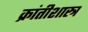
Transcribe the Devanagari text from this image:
क्रांतीशास्त्र